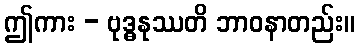
ဤကား - ဗုဒ္ဓနုဿတိ ဘာဝနာတည်း။